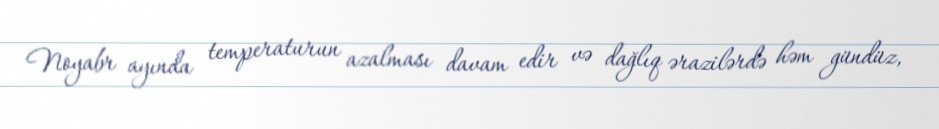
Noyabr ayında temperaturun azalması davam edir və dağlıq ərazilərdə həm gündüz,